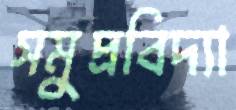
সমুদ্রবিদ্যা